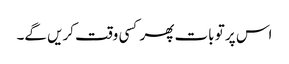
اس پر تو بات پھر کسی وقت کریں گے۔